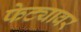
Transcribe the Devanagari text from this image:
फेट्यावर